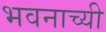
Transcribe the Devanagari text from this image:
भवनाच्यी